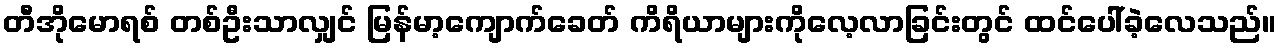
တီအိုမောရစ် တစ်ဦးသာလျှင် မြန်မာ့ကျောက်ခေတ် ကိရိယာများကိုလေ့လာခြင်းတွင် ထင်ပေါ်ခဲ့လေသည်။